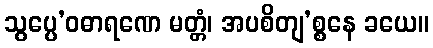
သွပ္ပေ’ဝဓာရဏေ မတ္တံ၊ အပစိတျ’စ္စနေ ခယေ။